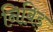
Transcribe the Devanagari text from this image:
निबिड़